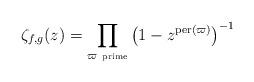
LaTeX: \begin{align*}\zeta_{f,g}(z)=\prod_{\varpi \ \mbox{\tiny prime}}\left(1-z^{\mathrm{per}(\varpi)}\right)^{-1}\end{align*}